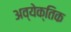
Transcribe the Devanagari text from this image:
अव्येक्तिक